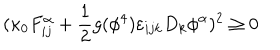
LaTeX: ( \kappa _ { 0 } F _ { i j } ^ { \alpha } + \frac { 1 } { 2 } g ( \phi ^ { 4 } ) \varepsilon _ { i j k } D _ { k } \phi ^ { \alpha } ) ^ { 2 } \ge 0